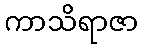
ကာသိရာဇာ